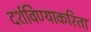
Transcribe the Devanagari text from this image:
दर्शविण्याकरिता